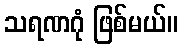
သရဏဂုံ ဖြစ်မယ်။